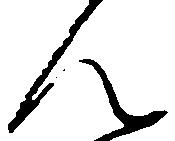
ん